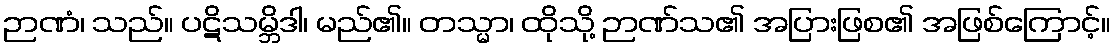
ဉာဏံ၊ သည်။ ပဋိသမ္ဘိဒါ၊ မည်၏။ တသ္မာ၊ ထိုသို့ ဉာဏ်သ၏ အပြားဖြစ၏ အဖြစ်ကြောင့်။